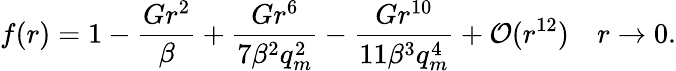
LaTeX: f(r)=1-\frac{Gr^{2}}{\beta}+\frac{Gr^{6}}{7\beta^{2}q_{m}^{2}}-\frac{Gr^{10}}{11\beta^{3}q_{m}^{4}}+{\cal O}(r^{12})~~~~r\rightarrow 0.